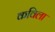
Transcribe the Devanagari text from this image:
कविला